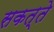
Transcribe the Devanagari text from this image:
सकत्ते